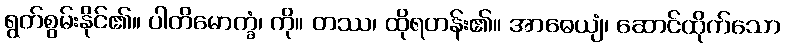
ရွတ်စွမ်းနိုင်၏။ ပါတိမောက္ခံ၊ ကို။ တဿ၊ ထိုရဟန်း၏။ အာဓေယျံ၊ ဆောင်ထိုက်သော